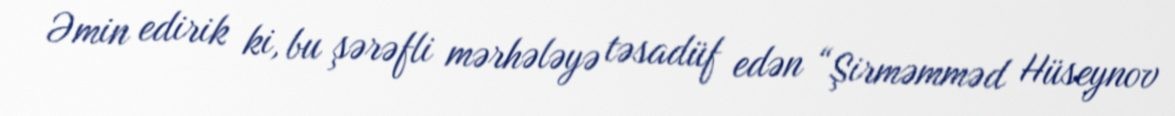
Əmin edirik ki, bu şərəfli mərhələyə təsadüf edən “Şirməmməd Hüseynov